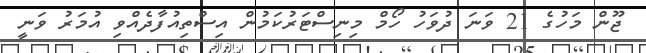
ޖޫން މަހުގެ 21 ވަނަ ދުވަހު ހޯމް މިނިސްޓަރުކަމުން އިސްތިއުފާދެއްވި އުމަރު ވަނީ